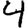
Digit: 4